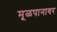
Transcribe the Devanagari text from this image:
मूळपानावर